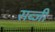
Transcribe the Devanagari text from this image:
सब्‍जी